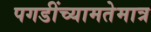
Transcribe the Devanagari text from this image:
पगडींच्यामतेमात्र